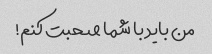
من باید با شما صحبت کنم!